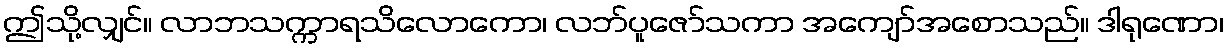
ဤသို့လျှင်။ လာဘသက္ကာရသိလောကော၊ လဘ်ပူဇော်သကာ အကျော်အစောသည်။ ဒါရုဏော၊